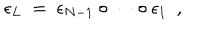
LaTeX: \epsilon _ { L } \ = \ \epsilon _ { N - 1 } \circ \cdots \circ \epsilon _ { 1 } \ \ ,